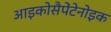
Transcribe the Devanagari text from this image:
आइकोसैपेंटेनोइक